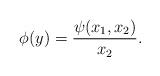
LaTeX: \begin{align*}\phi(y)= \frac{\psi(x_{1}, x_{2})}{x_{2}}.\end{align*}